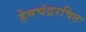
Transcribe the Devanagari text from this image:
हेमचंद्ररचित